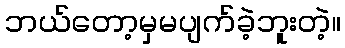
ဘယ်တော့မှမပျက်ခဲ့ဘူးတဲ့။